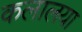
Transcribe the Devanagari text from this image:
कलालया